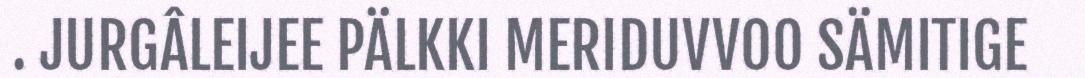
. JURGÂLEIJEE PÄLKKI MERIDUVVOO SÄMITIGE